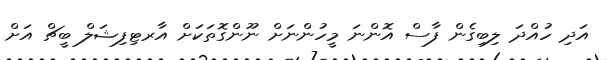
އަދި ހުއްދަ ލިބިގެން ފާސް އޮންނަ މީހުންނަށް ނޫންގޮތަކަށް އާރޓިފިޝަލް ބީޗް އަށް